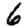
Digit: 6